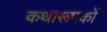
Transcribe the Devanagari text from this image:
कथारूपकों